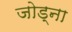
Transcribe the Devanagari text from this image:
जोड्ना